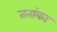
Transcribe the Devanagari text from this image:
ततांका